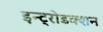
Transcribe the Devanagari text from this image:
इन्ट्रोडक्शन